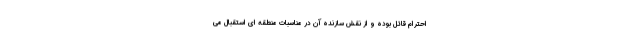
احترام قائل بوده و از نقش سازنده آن در مناسبات منطقه ای استقبال می